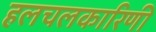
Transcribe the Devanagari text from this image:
हलचलकारिणी